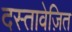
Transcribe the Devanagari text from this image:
दस्तावेज़ित